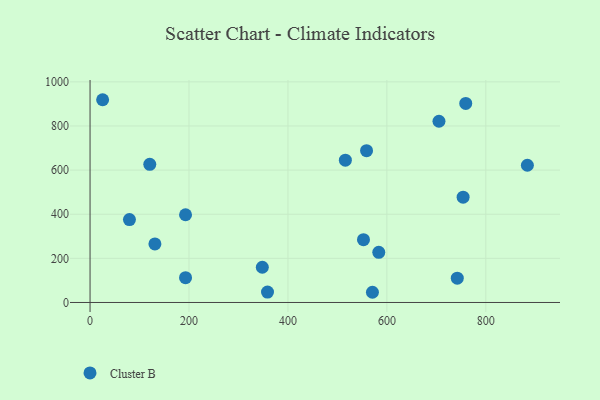
{"axis": {"x": "Investment", "y": "Rating"}, "legend": ["Cluster B"], "data": [{"x": "25.4", "y": 919.0, "type": "Cluster B"}, {"x": "131.1", "y": 265.2, "type": "Cluster B"}, {"x": "759.4", "y": 902.3, "type": "Cluster B"}, {"x": "742.3", "y": 110.3, "type": "Cluster B"}, {"x": "552.7", "y": 284.8, "type": "Cluster B"}, {"x": "79.6", "y": 375.8, "type": "Cluster B"}, {"x": "558.9", "y": 687.9, "type": "Cluster B"}, {"x": "754.1", "y": 477.1, "type": "Cluster B"}, {"x": "516.1", "y": 644.8, "type": "Cluster B"}, {"x": "193.0", "y": 397.5, "type": "Cluster B"}, {"x": "570.8", "y": 46.2, "type": "Cluster B"}, {"x": "348.2", "y": 159.6, "type": "Cluster B"}, {"x": "705.3", "y": 821.5, "type": "Cluster B"}, {"x": "884.0", "y": 622.0, "type": "Cluster B"}, {"x": "583.6", "y": 227.3, "type": "Cluster B"}, {"x": "120.7", "y": 626.0, "type": "Cluster B"}, {"x": "193.0", "y": 112.4, "type": "Cluster B"}, {"x": "358.7", "y": 47.0, "type": "Cluster B"}]}